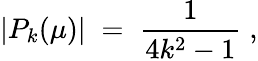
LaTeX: |P_{k}(\mu)|\; =\; \frac{1}{4k^{2}-1}\; ,